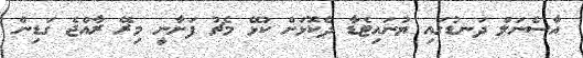
އާސެނަލް ދަނޑުގައި ޔުނައިޓެޑާ ދެކޮޅަށް ކުޅޭ މެޗު ފަށާނީ މިރޭ ރާއްޖެ ގަޑިން